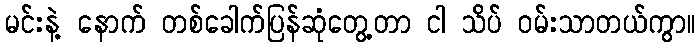
မင်းနဲ့ နောက် တစ်ခေါက်ပြန်ဆုံတွေ့တာ ငါ သိပ် ဝမ်းသာတယ်ကွာ။